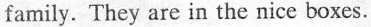
family. They are in the nice boxes.